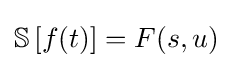
{\mathbb {S} }\left[f(t)\right]=F(s,u)